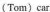
(Tom) car